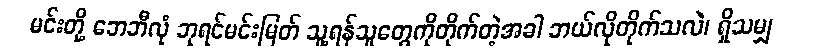
မင်းတို့ ဘေဘီလုံ ဘုရင်မင်းမြတ် သူ့ရန်သူတွေကိုတိုက်တဲ့အခါ ဘယ်လိုတိုက်သလဲ၊ ရှိသမျှ